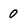
Character: 0